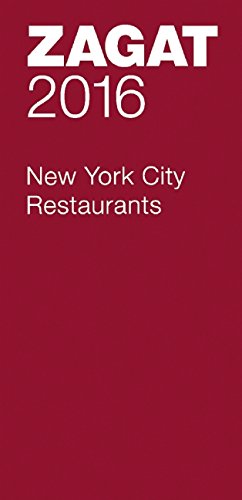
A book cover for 2016 New York City Restaurants (Zagat Survey: New York City Restaurants); Travel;